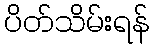
ပိတ်သိမ်းရန်